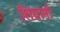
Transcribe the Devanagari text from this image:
शिंद्यानी